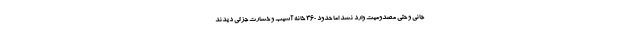
جانی و حتی مصدومیت وارد نشد اما حدود ۳۶۰ خانه آسیب و خسارت جزئی دیدند